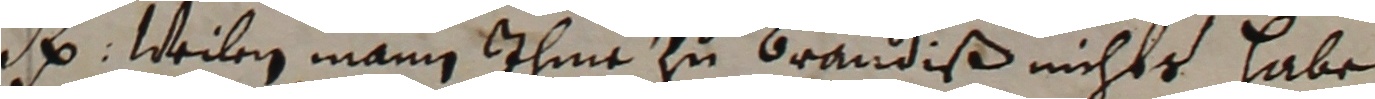
e. Weilen mann ihme zu Brandiß nichts habe